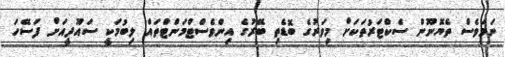
ނަމަވެސް ތެޔޮނޫން ސެކްޓަރުތަކަށް މިވަރުގެ ބޮޑެތި ބޭރުގެ އިންވެސްޓްމަންޓްތައް ލިބުމަކީ ސައޫދީއަށް ފަސޭހަ